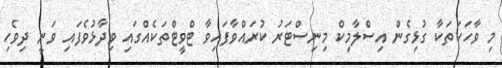
މި ވާހަކަތަކާ ގުޅިގެން އިސްލާމިކް މިނިސްޓަރު ކުރައްވާފައިވާ ޓްވީޓްތަކެއްގައި ވިދާޅުވެފައި ވަނީ ދިވެހި